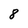
Character: 8